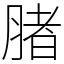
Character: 䐗